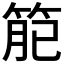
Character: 𥮄